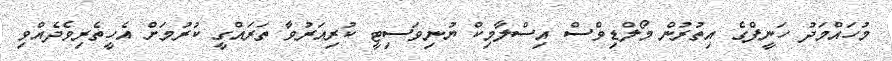
މުހައްމަދު ހަނީފްގެ އިތުރުން މޯލްޑިވްސް އިސްލާމިކް ޔުނިވަސިޓީ ކުރިއަރުވާ ތަރައްގީ ކުރުމަށް އެހީތެރިވެދެއްވި